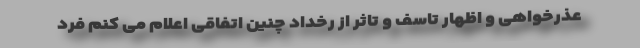
عذرخواهی و اظهار تاسف و تاثر از رخداد چنین اتفاقی اعلام می کنم فرد